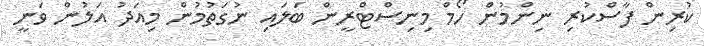
ކުރިން ފާސްކުރި ނިންމުން ހޯމް މިނިސްޓްރީން ބަލައި ނުގަތުމުން މިއަދު އަލުން ވަނީ